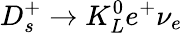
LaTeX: D_{s}^{+}\to K_{L}^{0}e^{+}\nu_{e}